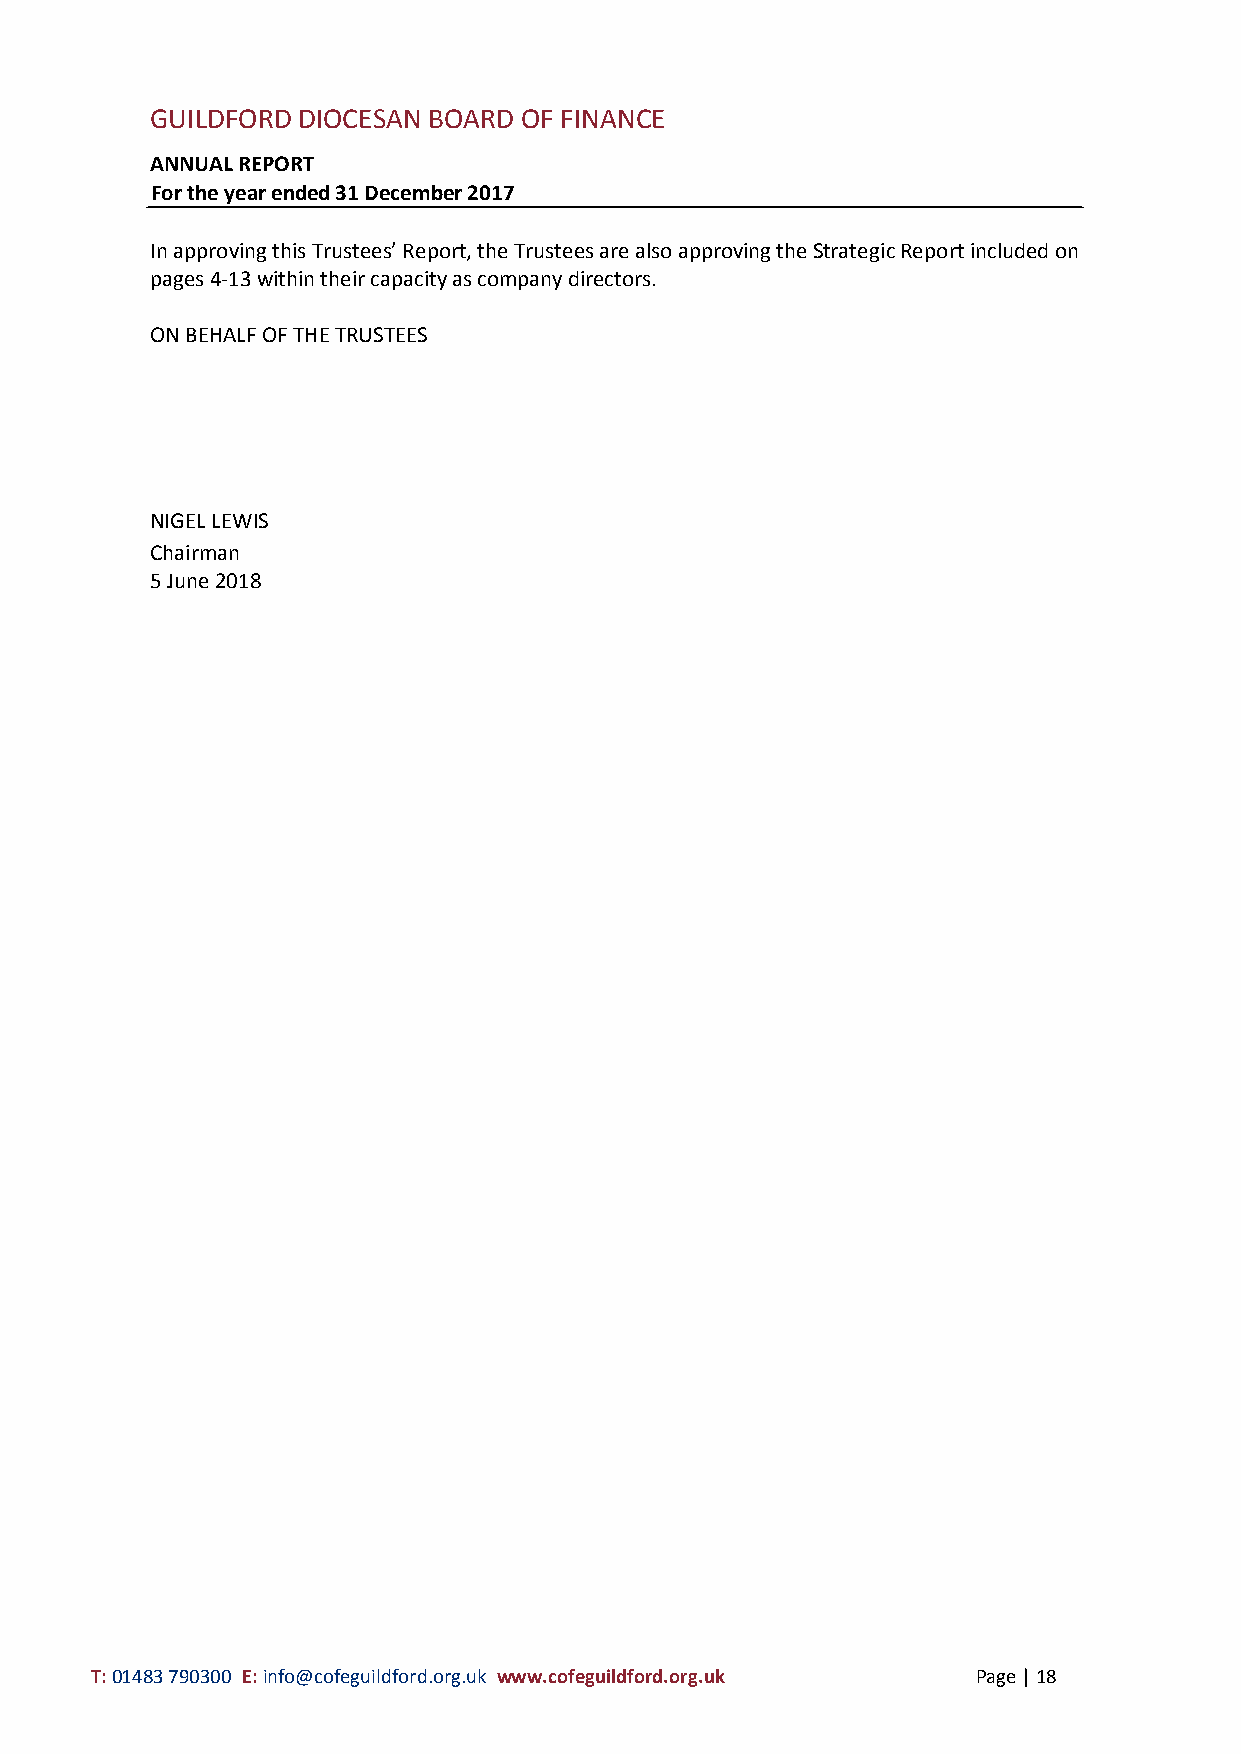
GUILDFORD DIOCESAN BOARD OF FINANCE
 ANNUAL REPORT
 For the year ended 31 December 2017
 In approving this Trustees’ Report, the Trustees are also approving the Strategic Report included on
 pages 4-13 within their capacity as company directors.
 ON BEHALF OF THE TRUSTEES
 NIGEL LEWIS
 Chairman
 5 June 2018
 T: 01483 790300 E: info@cofeguildford.org.uk www.cofeguildford.org.uk Page | 18